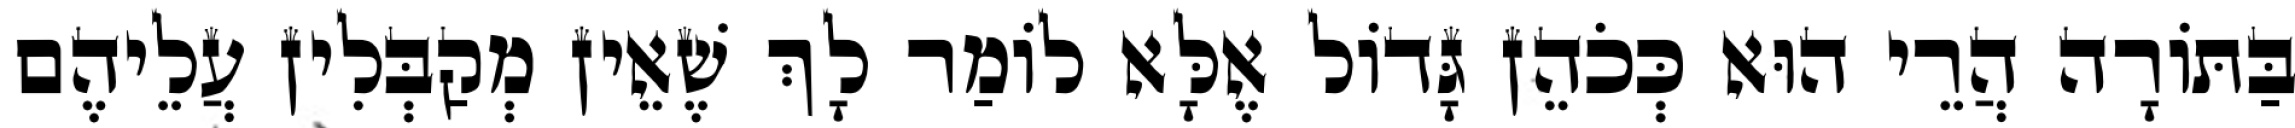
בַּתּוֹרָה הֲרֵי הוּא כְּכֹהֵן גָּדוֹל אֶלָּא לוֹמַר לָךְ שֶׁאֵין מְקַבְּלִין עֲלֵיהֶם